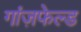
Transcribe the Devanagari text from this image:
गांज़फेल्ड